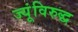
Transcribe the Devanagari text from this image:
ज्यूंविरुद्ध